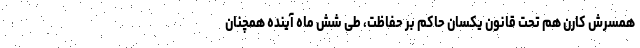
همسرش کارن هم تحت قانون یکسان حاکم بر حفاظت، طی شش ماه آینده همچنان